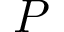
P